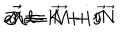
\vec { \cal M } \equiv \vec { M } + i \vec { N } \hspace { . 6 c m } \mathrm { a n d } \hspace { . 6 c m } \vec { \cal J } \equiv \vec { K } + i \vec { J } \; .